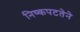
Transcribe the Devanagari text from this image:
निष्कपटतेने